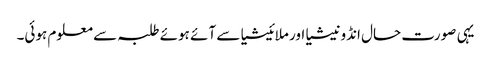
یہی صورت حال انڈونیشیا اور ملائیشیا سے آئے ہوئے طلبہ سے معلوم ہوئی۔